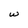
Character: w